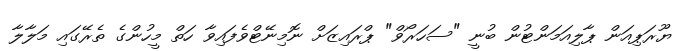
ޔޫރަޕިއަން ޕާލިއަމަންޓުން ބުނީ "ސަހަރޯވް" ޕްރައިޒަށް ނޮމިނޭޓްވެފައިވާ ހަތް މީހުންގެ ތެރޭގައި މަލާލާ